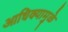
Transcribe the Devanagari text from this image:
आधिक्यामुळे